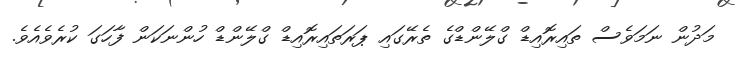
މަދުން ނަމަވެސް ތައިރޮއިޑް ގްލޭންޑްގެ ތެރޭގައި ޕަރަތައިރޮއިޑް ގްލޭންޑް ހުންނަކަން ފާހަގަ ކުރެވެއެވެ.